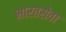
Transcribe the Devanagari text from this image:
भारतसेवा